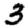
Digit: 3